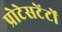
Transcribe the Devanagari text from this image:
प्रोटेसटेंटों